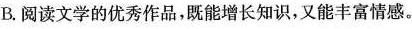
B.阅读文学的优秀作品，既能增长知识，又能丰富情感。